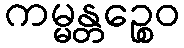
ကမ္မန္တဉ္စေဝ